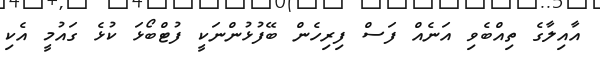
އާއިލާގެ ތިއްބެވި އަނެއް ފަސް ފިރިހެން ބޭފުޅުންނަކީ ފުޓްބޯޅަ ކުޅެ ގައުމީ އެކި